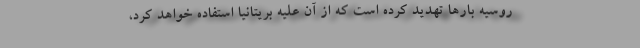
روسیه بارها تهدید کرده است که از آن علیه بریتانیا استفاده خواهد کرد،